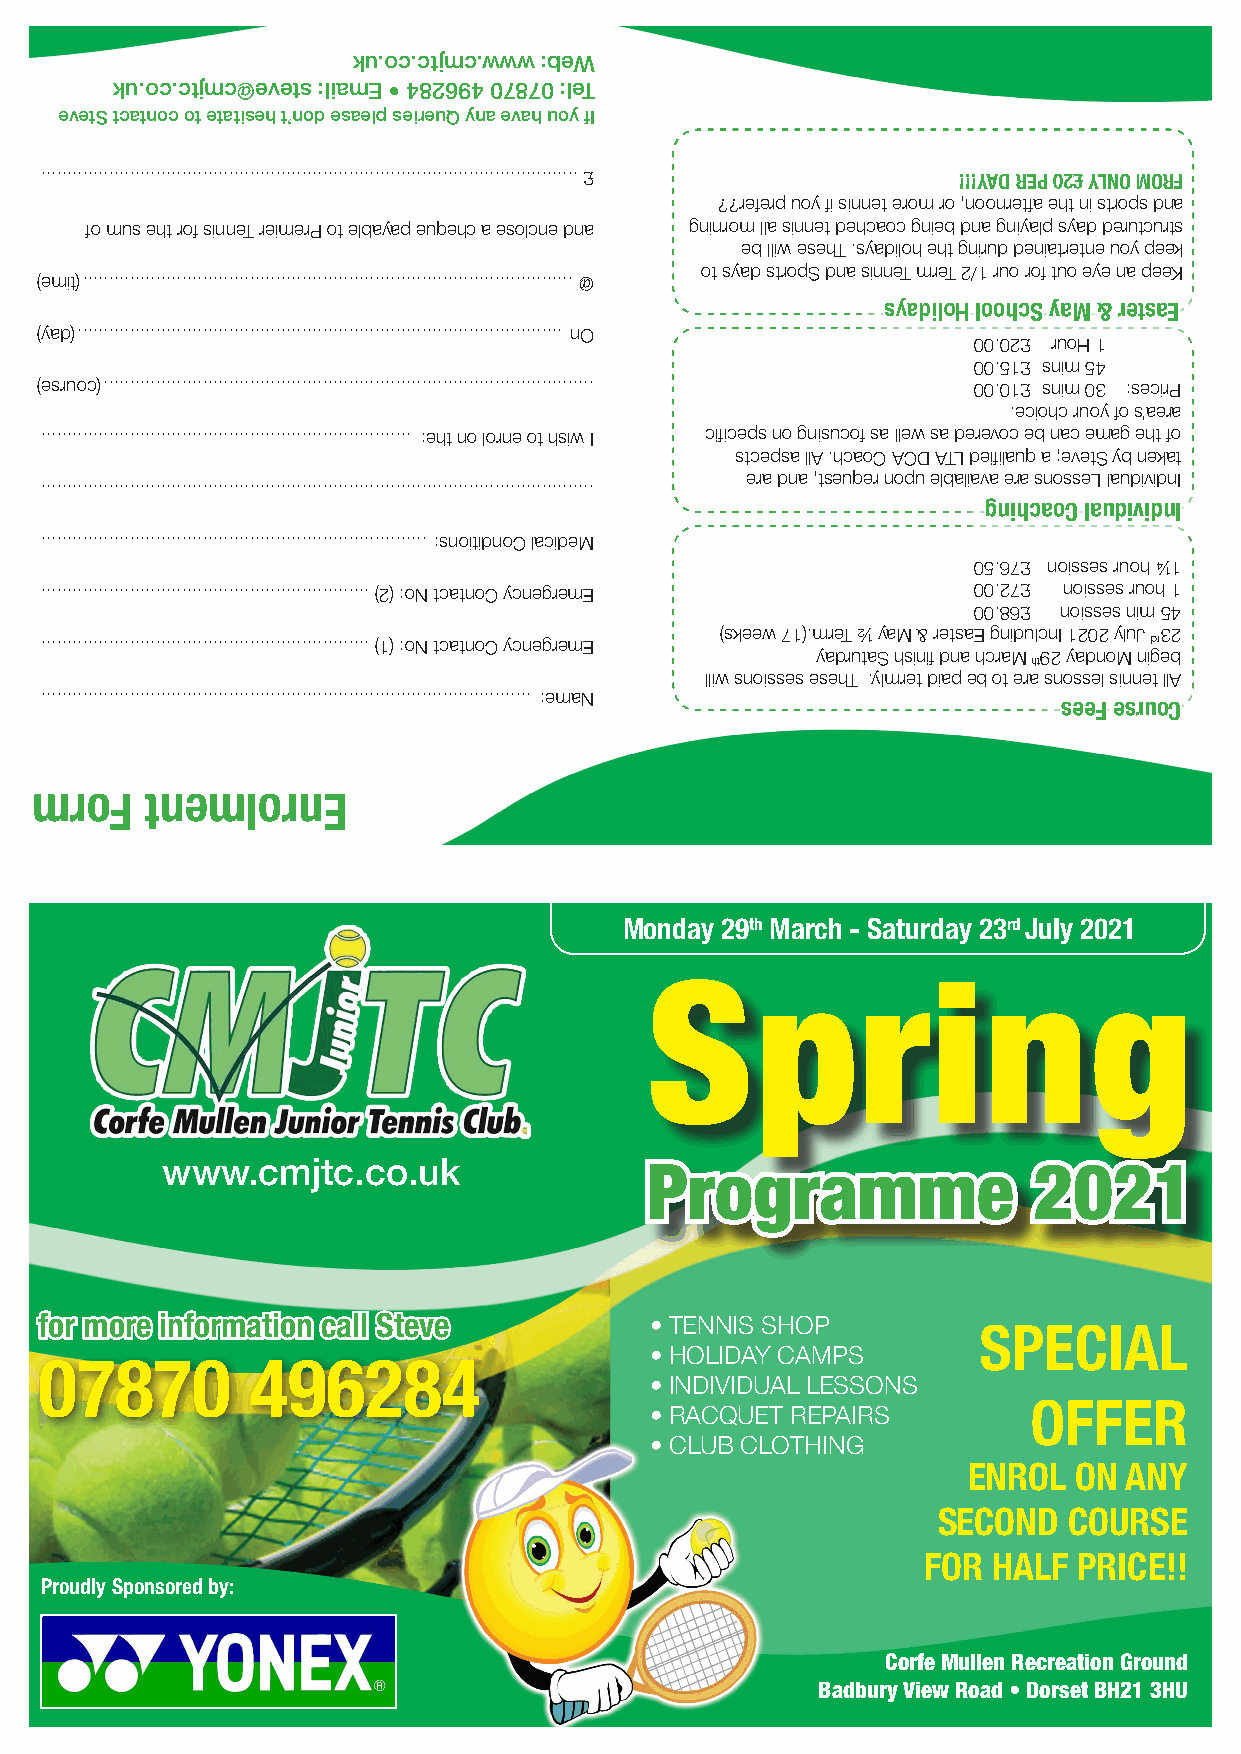
ku.oc.ctjmc.www :beW
 ku.oc.ctjmc@evets :liamE • 482694 07870 :leT
 evetS tcatnoc ot etatiseh t’nod esaelp seireuQ yna evah uoy fI
 ....................................................................................................... £ !!!YAD REP 02£ YLNO MORF
 ??referp uoy fi sinnet erom ro ,noonretfa eht ni strops dna
 fo mus eht rof sinneT reimerP ot elbayap euqehc a esolcne dna gninrom lla sinnet dehcaoc gnieb dna gniyalp syad derutcurts
 eb lliw esehT .syadiloh eht gnirud deniatretne uoy peek
 ot syad stropS dna sinneT mreT 2/1 ruo rof tuo eye na peeK
 )emit(.............................................................................................. @
 syadiloH loohcS yaM & retsaE
 )yad(............................................................................................. nO
 00.02£ ruoH 1
 00.51£ snim 54
 )esruoc(.............................................................................................. 00.01£ snim 03 :secirP
 .eciohc ruoy fo s’aera
 ....................................................................... :eht no lorne ot hsiw I cfiiceps no gnisucof sa llew sa derevoc eb nac emag eht fo
 stcepsa llA .hcaoC ACD ATL defiilauq a ;evetS yb nekat
 era dna ,tseuqer nopu elbaliava era snosseL laudividnI
 ..........................................................................................................
 gnihcaoC laudividnI
 .......................................................................... :snoitidnoC lacideM
 05.67£ noisses ruoh ¼1
 ............................................................... )2( :oN tcatnoC ycnegremE 00.27£ noisses ruoh 1
 00.86£ noisses nim 54
 )skeew 71(.mreT ½ yaM & retsaE gnidulcnI 1202 yluJ 32
 ............................................................... )1( :oN tcatnoC ycnegremE dr
 yadrutaS hsinfi dna hcraM 92 yadnoM nigeb
 ht
 lliw snoisses esehT .ylmret diap eb ot era snossel sinnet llA
 .............................................................................................. :emaN
 seeF esruoC
 mroF    tnemlornE
 Monday 29th March - Saturday 23rd July 2021
 Spring
 www.cmjtc.co.uk                 Programme                2021
 for more information call Steve         • TENNIS SHOP
 SPECIAL
 • HOLIDAY CAMPS
 07870         496284
 • INDIVIDUAL LESSONS
 OFFER
 • RACQUET REPAIRS
 • CLUB CLOTHING
 ENROL  ON ANY
 SECOND   COURSE
 FOR  HALF PRICE!!
 Proudly Sponsored by:
 Corfe Mullen Recreation Ground
 Badbury View Road • Dorset BH21 3HU